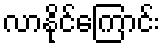
လာနိုင်ကြောင်း